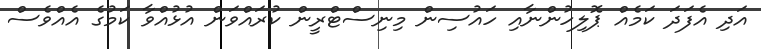
އަދި އެފަދަ ކަމެއް ޕޮލިހުންނާއި ހައުސިން މިނިސްޓްރީން ކުރައްވަން އުޅުއްވާ ކަމުގެ އެއްވެސް